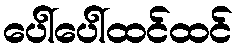
ပေါ်ပေါ်ထင်ထင်